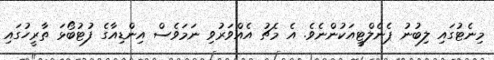
މިނެޓުގައި ލިބުނު ޕެނެލްޓީއަކުންނެވެ. އެ މެޗު އެއްވަރުވި ނަމަވެސް އިންޑިއާގެ ފުޓުބޯޅަ ތާރީހުގައި